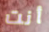
أنت